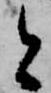
と